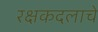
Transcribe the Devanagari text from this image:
रक्षकदलाचे